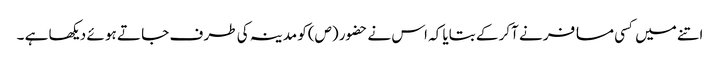
اتنے میں کسی مسا فر نے آکر کے بتایا کہ اس نے حضور (ص)کو مدینہ کی طر ف جا تے ہو ئے دیکھا ہے ۔